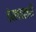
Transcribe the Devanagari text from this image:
देवलपल्ली